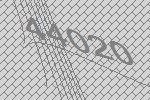
44020